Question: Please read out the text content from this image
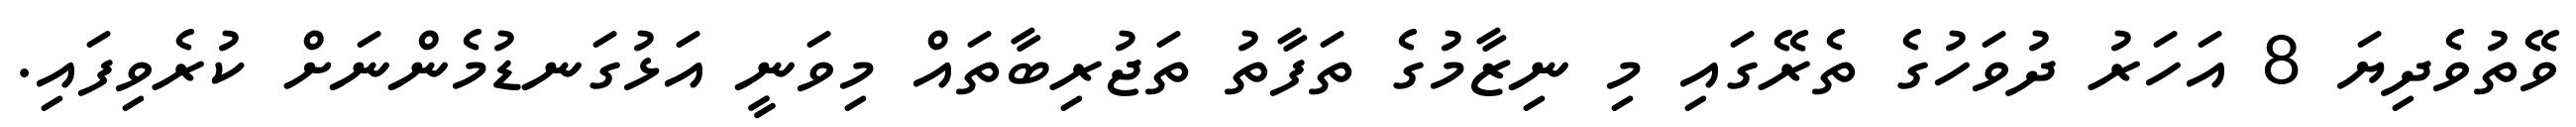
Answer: ވޭތުވެދިޔަ 8 އަހަރު ދުވަހުގެ ތެރޭގައި މި ނިޒާމުގެ ތަފާތު ތަޖުރިބާތައް މިވަނީ އަޅުގަނޑުމެންނަށް ކުރެވިފައި.